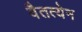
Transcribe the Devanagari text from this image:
वैतत्येन